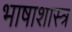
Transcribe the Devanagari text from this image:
भाषाशास्‍त्र